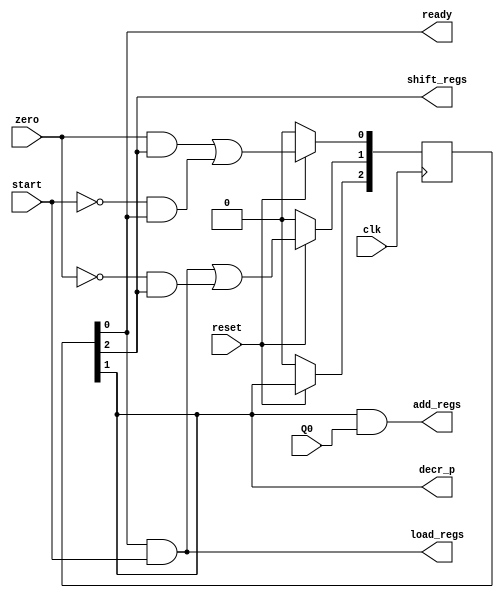
module control_multiplier_2(
    input start,zero,Q0,//inputs
    input clk,reset,
    output ready,decr_p,shift_regs,//moore outputs
    output load_regs, add_regs//melay outputs
);

wire [15:0]net;//bunch of nets
reg [2:0]state;
//combinational part of fsm
and(net[0], ~start, state[0]);
and(net[1], zero, state[2]);
or(net[2], net[1], net[0]);

and(net[3], state[0], start);
and(net[4], ~zero, state[2]);
or(net[5], net[3], net[4]);

buf(net[6], state[1]);

//sequential part of fsm
always @(posedge clk) begin
    if(~reset) state <= 3'b000;
    else begin
        state[0] <= net[2];
        state[1] <= net[5];
        state[2] <= net[6];
    end
end

//output logic of fsm - control logic
//moore type outputs
//depends on present state only 
assign ready = state[0];
assign decr_p = state[1];
assign shift_regs = state[2];

//melay type outputs
//depends on present state and input 
and(load_regs, state[0], start);
and(add_regs, state[1], Q0);

endmodule